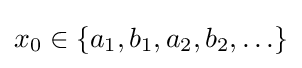
x_{0}\in \left\{a_{1},b_{1},a_{2},b_{2},\ldots \right\}